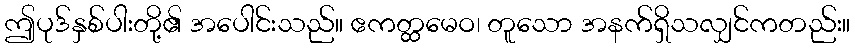
ဤပုဒ်နှစ်ပါးတို့၏ အပေါင်းသည်။ ဧကတ္ထမေဝ၊ တူသော အနက်ရှိသလျှင်ကတည်း။